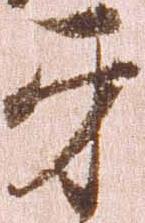
互